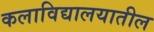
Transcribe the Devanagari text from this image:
कलाविद्यालयातील